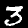
Label: 3